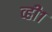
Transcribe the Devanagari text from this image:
व्ही१